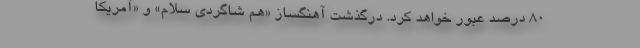
80 درصد عبور خواهد کرد. درگذشت آهنگساز «هم شاگردی سلام» و «آمریکا